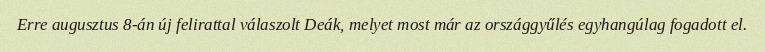
Erre augusztus 8-án új felirattal válaszolt Deák, melyet most már az országgyűlés egyhangúlag fogadott el.